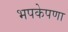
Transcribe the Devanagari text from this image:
भपकेपणा